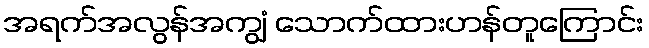
အရက်အလွန်အကျွံ သောက်ထားဟန်တူကြောင်း